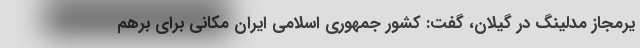
یرمجاز مدلینگ در گیلان، گفت: کشور جمهوری اسلامی ایران مکانی برای برهم